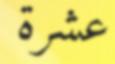
عشرة